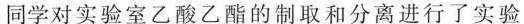
同学对实验室乙酸乙酯的制取和分离进行了实验